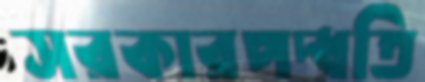
সরকারপদ্ধতি